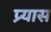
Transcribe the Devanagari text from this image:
प्र्यास